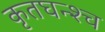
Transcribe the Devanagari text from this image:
कृतघन्श्च